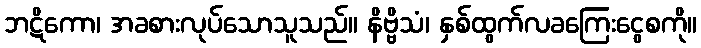
ဘဋိကော၊ အခစားလုပ်သောသူသည်။ နိဗ္ဗိသံ၊ နှစ်ထွက်လခကြေးငွေစကို။